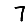
Digit: 7